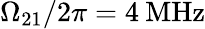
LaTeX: \Omega_{21}/2\pi=4\: \mathrm{MHz}